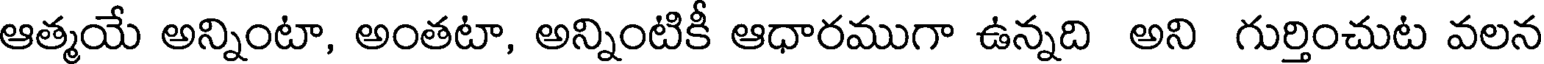
ఆత్మయే అన్నింటా, అంతటా, అన్నింటికీ ఆధారముగా ఉన్నది అని గుర్తించుట వలన